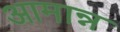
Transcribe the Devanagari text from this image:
आमान्न